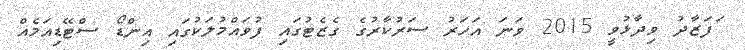
ަފަޒާދު ވިދާޅުވީ 2015 ވަނަ އަހަރު ސަރުކާރުގެ ގެޒެޓުގައި ފުވައްމުލަކުގައި އިންޑޯ ސްޓޭޑިއަމެއް